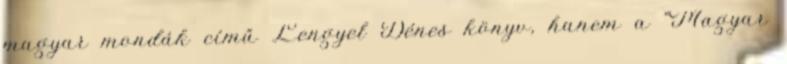
magyar mondák című Lengyel Dénes könyv, hanem a "Magyar